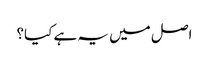
اصل میں یہ ہے کیا؟